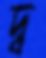
দ্ব